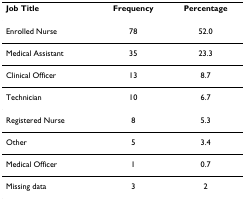
| Job Title | Frequency | Percentage |
 | --- | --- | --- |
 | Enrolled Nurse | 78 | 52.0 |
 | Medical Assistant | 35 | 23.3 |
 | Clinical Officer | 13 | 8.7 |
 | Technician | 10 | 6.7 |
 | Registered Nurse | 8 | 5.3 |
 | Other | 5 | 3.4 |
 | Medical Officer | 1 | 0.7 |
 | Missing data | 3 | 2 |